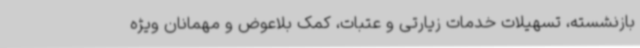
بازنشسته، تسهیلات خدمات زیارتی و عتبات، کمک بلاعوض و مهمانان ویژه